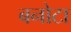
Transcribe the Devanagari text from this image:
बनोटा